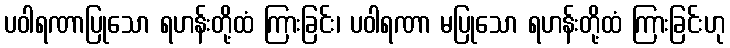
ပဝါရဏာပြုသော ရဟန်းတို့ထံ ကြားခြင်း၊ ပဝါရဏာ မပြုသော ရဟန်းတို့ထံ ကြားခြင်းဟု